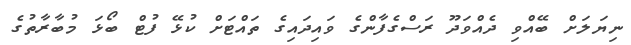
ނިޔަލަށް ބޭއްވި ދެއްވަދޫ ރަސްގެފާންގެ ވައިދައިގެ ތައްޓަށް ކުޅޭ ފުޓް ބޯޅަ މުބާރާތުގެ